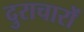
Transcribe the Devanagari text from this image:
दुराचारों